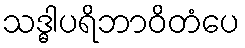
သဒ္ဓါပရိဘာဝိတံပေ